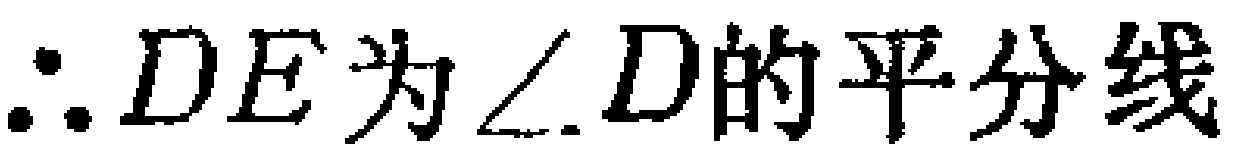
$\therefore DE为\angle D的平分线$